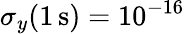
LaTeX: \sigma_{y}(1\, \mathrm{s})=10^{-16}